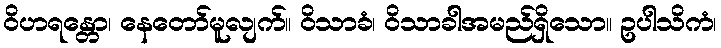
ဝိဟရန္တော၊ နေတော်မူလျက်။ ဝိသာခံ၊ ဝိသာခါအမည်ရှိသော။ ဥပါသိကံ၊